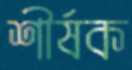
শীর্ষক